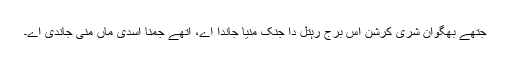
جتھے بھگوان شری کرشن اس برج رہتل دا جنک منیا جاندا اے، اتھے جمنا اسدی ماں منی جاندی اے۔